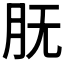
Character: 𰮇